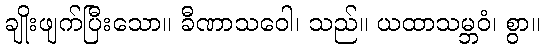
ချိုးဖျက်ပြီးသော။ ခီဏာသဝေါ၊ သည်။ ယထာသမ္ဘဝံ၊ စွာ။